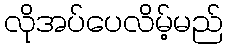
လိုအပ်ပေလိမ့်မည်